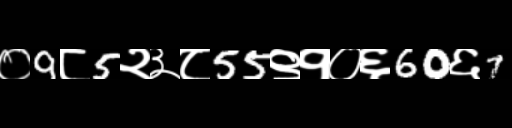
Text: ०9८5२३८55९१०६60६7